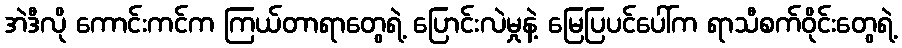
အဲဒီလို ကောင်းကင်က ကြယ်တာရာတွေရဲ့ ပြောင်းလဲမှုနဲ့ မြေပြပင်ပေါ်က ရာသီစက်ဝိုင်းတွေရဲ့